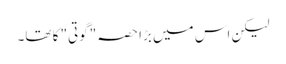
لیکن اس میں بڑا حصہ "گوتی" کا تھا۔